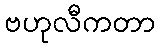
ဗဟုလီကတာ